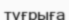
тұғрыға